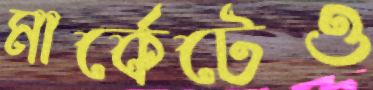
মার্কেটেও